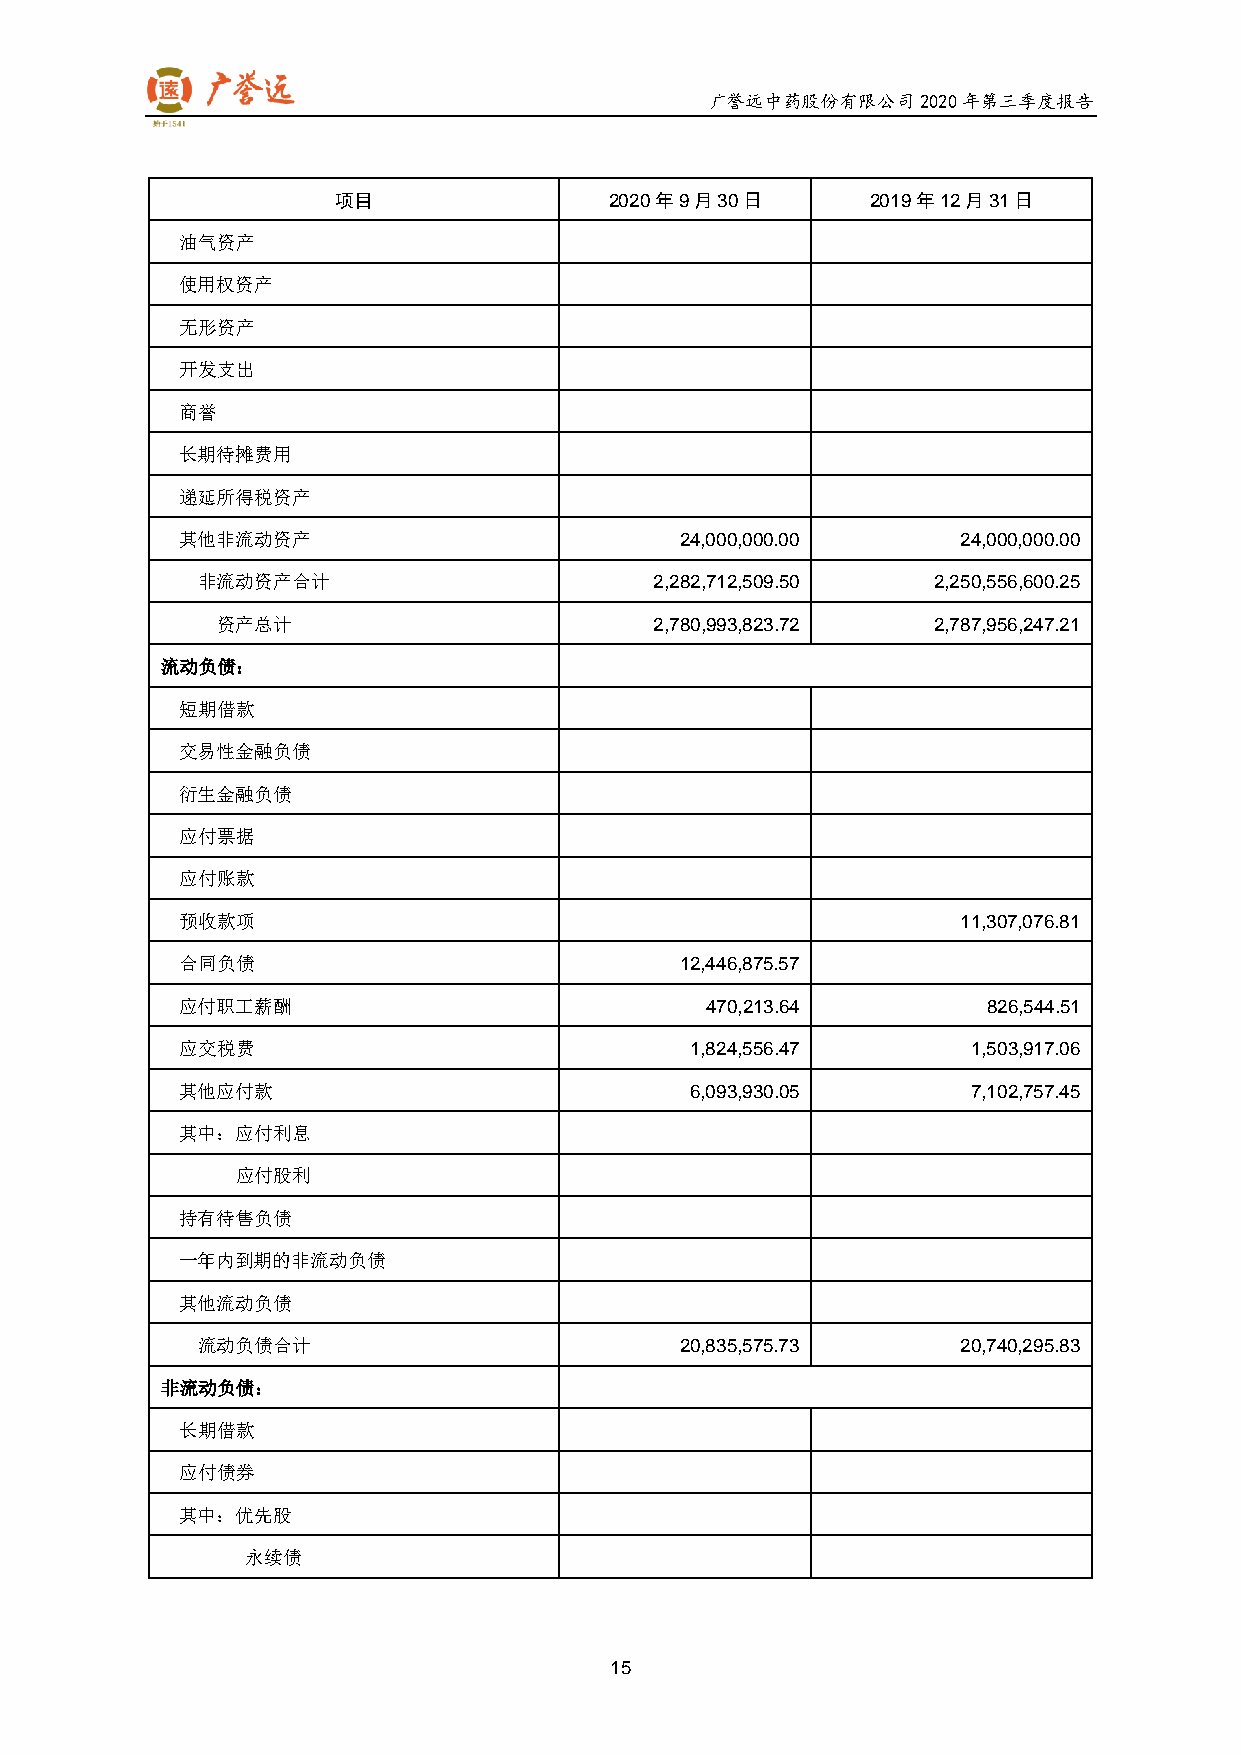
广誉远中药股份有限公司2020年第三季度报告
 项目                2020年9月30日        2019年12月31日
 油气资产
 使用权资产
 无形资产
 开发支出
 商誉
 长期待摊费用
 递延所得税资产
 其他非流动资产                          24,000,000.00      24,000,000.00
 非流动资产合计                       2,282,712,509.50   2,250,556,600.25
 资产总计                         2,780,993,823.72   2,787,956,247.21
 流动负债：
 短期借款
 交易性金融负债
 衍生金融负债
 应付票据
 应付账款
 预收款项                                                11,307,076.81
 合同负债                             12,446,875.57
 应付职工薪酬                             470,213.64        826,544.51
 应交税费                              1,824,556.47      1,503,917.06
 其他应付款                             6,093,930.05      7,102,757.45
 其中：应付利息
 应付股利
 持有待售负债
 一年内到期的非流动负债
 其他流动负债
 流动负债合计                          20,835,575.73      20,740,295.83
 非流动负债：
 长期借款
 应付债券
 其中：优先股
 永续债
 15